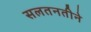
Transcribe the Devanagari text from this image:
सलतनतीने